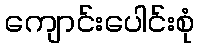
ကျောင်းပေါင်းစုံ